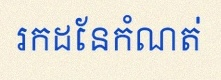
រកដែនកំណត់